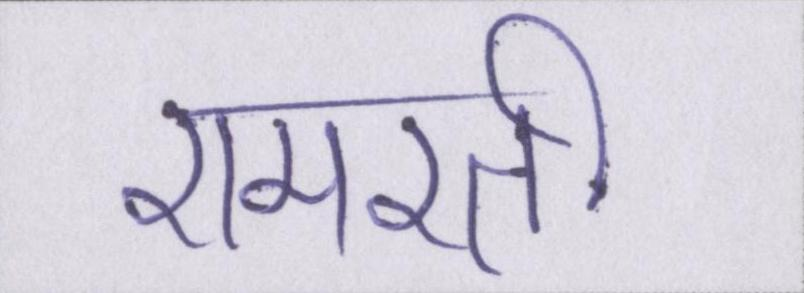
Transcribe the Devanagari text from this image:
रामरती